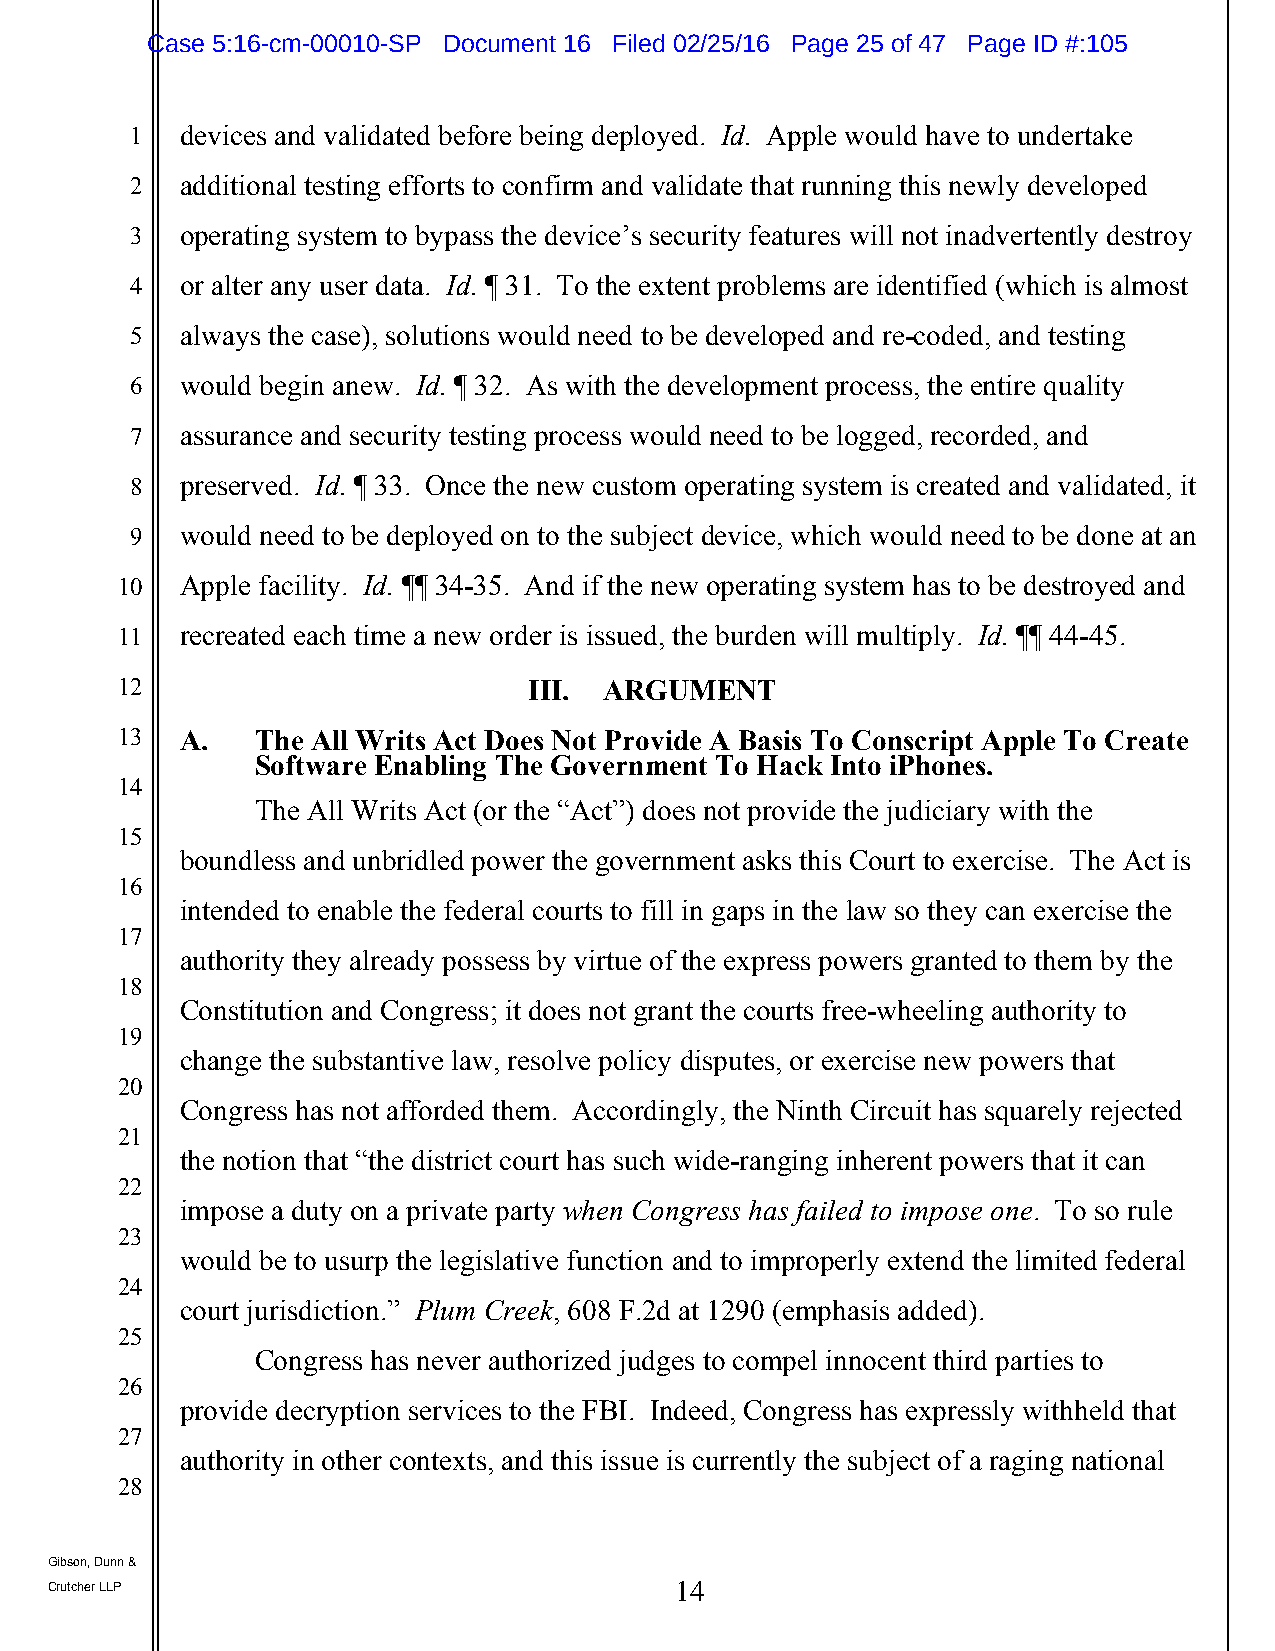
Case 5:16-cm-00010-SP Document 16 Filed 02/25/16 Page 25 of 47 Page ID #:105
 1  devices and validated before being deployed. Id. Apple would have to undertake
 2  additional testing efforts to confirm and validate that running this newly developed
 3  operating system to bypass the device’s security features will not inadvertently destroy
 4  or alter any user data. Id. ¶ 31. To the extent problems are identified (which is almost
 5  always the case), solutions would need to be developed and re-coded, and testing
 6  would begin anew. Id. ¶ 32. As with the development process, the entire quality
 7  assurance and security testing process would need to be logged, recorded, and
 8  preserved. Id. ¶ 33. Once the new custom operating system is created and validated, it
 9  would need to be deployed on to the subject device, which would need to be done at an
 10  Apple facility. Id. ¶¶ 34-35. And if the new operating system has to be destroyed and
 11  recreated each time a new order is issued, the burden will multiply. Id. ¶¶ 44-45.
 12                         III. ARGUMENT
 13  A.   The All Writs Act Does Not Provide A Basis To Conscript Apple To Create
 Software Enabling The Government To Hack Into iPhones.
 14
 The All Writs Act (or the “Act”) does not provide the judiciary with the
 15
 boundless and unbridled power the government asks this Court to exercise. The Act is
 16
 intended to enable the federal courts to fill in gaps in the law so they can exercise the
 17
 authority they already possess by virtue of the express powers granted to them by the
 18
 Constitution and Congress; it does not grant the courts free-wheeling authority to
 19
 change the substantive law, resolve policy disputes, or exercise new powers that
 20
 Congress has not afforded them. Accordingly, the Ninth Circuit has squarely rejected
 21
 the notion that “the district court has such wide-ranging inherent powers that it can
 22
 impose a duty on a private party when Congress has failed to impose one. To so rule
 23
 would be to usurp the legislative function and to improperly extend the limited federal
 24
 court jurisdiction.” Plum Creek, 608 F.2d at 1290 (emphasis added).
 25
 Congress has never authorized judges to compel innocent third parties to
 26
 provide decryption services to the FBI. Indeed, Congress has expressly withheld that
 27
 authority in other contexts, and this issue is currently the subject of a raging national
 28
 Gibson, Dunn &
 Crutcher LLP                              14